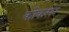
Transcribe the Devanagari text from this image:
कोकसर